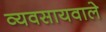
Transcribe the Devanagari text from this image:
व्यवसायवाले